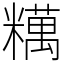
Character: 䊪